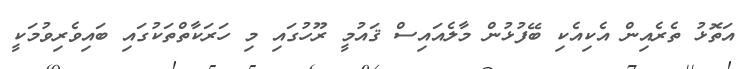
އަތޮޅު ތެރެއިން އެކިއެކި ބޭފުޅުން މާލެއައިސް ޤައުމީ ރޫހުގައި މި ހަރަކާތްތަކުގައި ބައިވެރިވުމަކީ